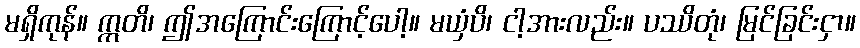
မရှိကုန်။ ဣတိ၊ ဤအကြောင်းကြောင့်ပေါ့။ မယှံပိ၊ ငါ့အားလည်း။ ပဿိတုံ၊ မြင်ခြင်းငှာ။